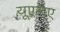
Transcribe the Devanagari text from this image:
यूएलए